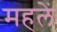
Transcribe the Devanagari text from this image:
महलें